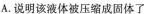
A.说明该液体被压缩成固体了